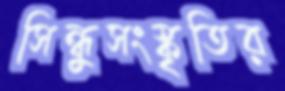
সিন্ধুসংস্কৃতির